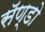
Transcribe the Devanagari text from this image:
सॅण्डो